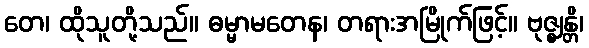
တေ၊ ထိုသူတို့သည်။ ဓမ္မာမတေန၊ တရားအမြိုက်ဖြင့်။ ဗုဇ္ဈန္တိ၊